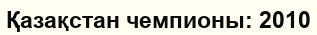
Қазақстан чемпионы: 2010